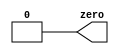
module top_module (
    output zero // no colon after word output
);
    assign zero = 1'b0;
endmodule